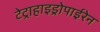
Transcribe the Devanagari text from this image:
टेट्राहाइड्रोपाईरेन